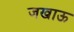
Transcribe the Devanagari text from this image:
जखाऊ